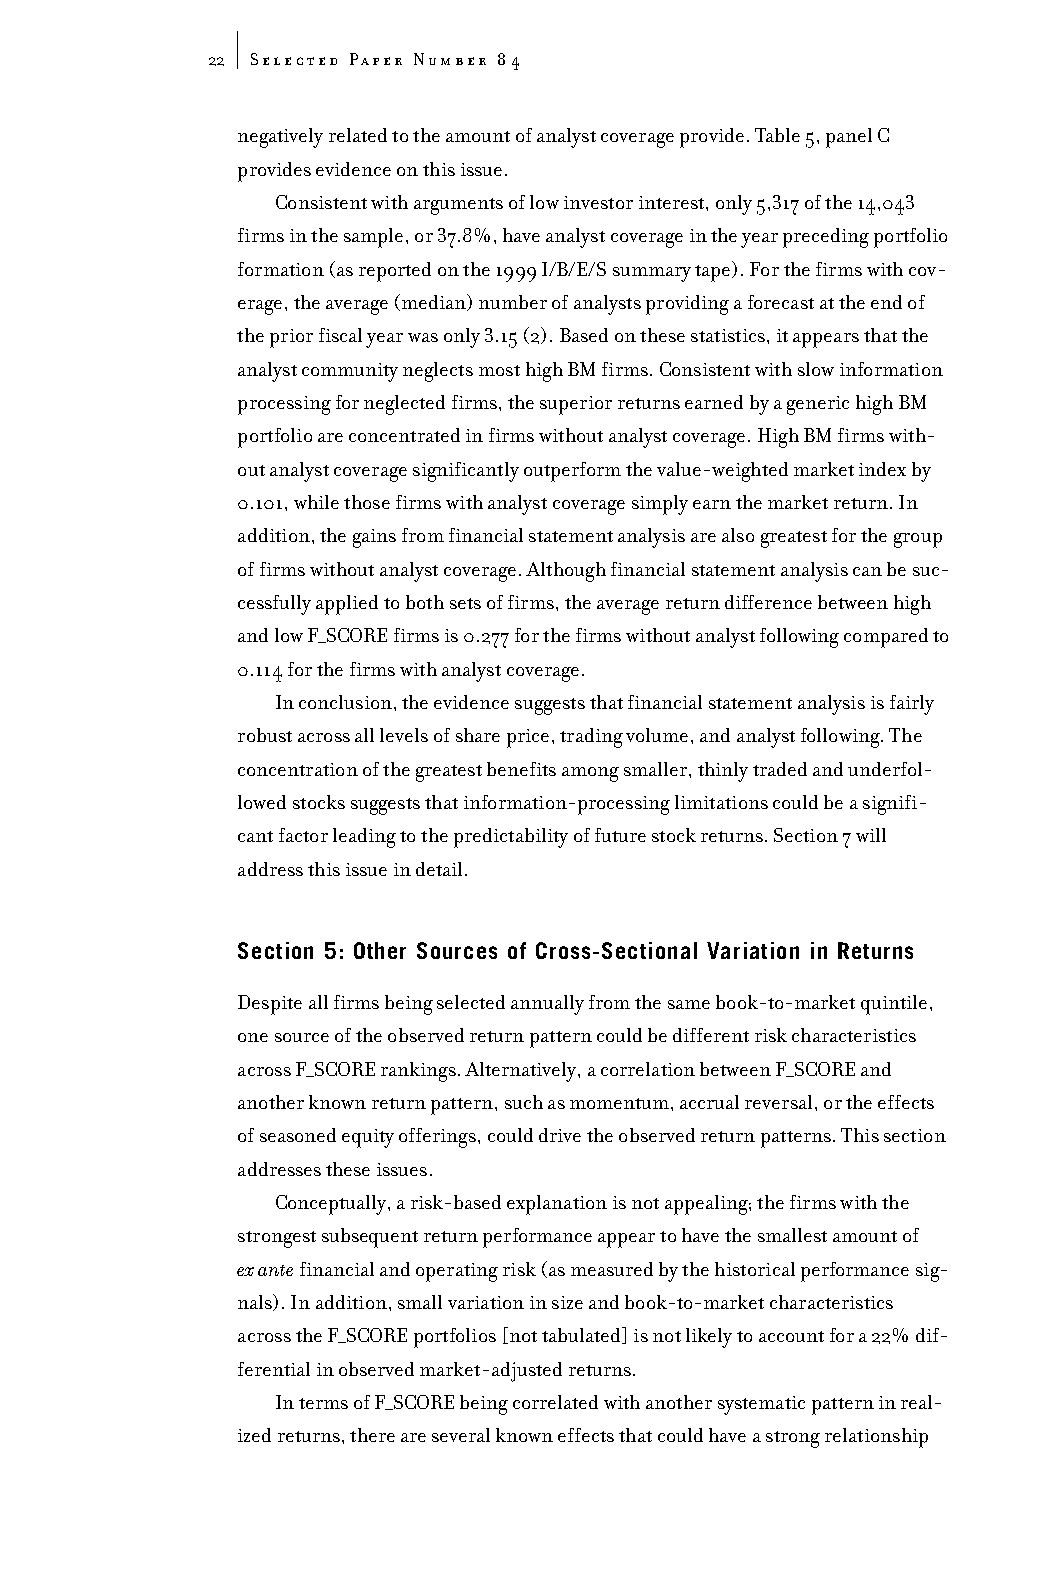
22 Selected Paper Number 84
 negatively related to the amount of analyst coverage provide. Table 5, panel C
 provides evidence on this issue.
 Consistent with arguments of low investor interest, only 5,317 of the 14,043
 firms in the sample, or 37.8%, have analyst coverage in the year preceding portfolio
 formation (as reported on the 1999 I/B/E/S summary tape). For the firms with cov-
 erage, the average (median) number of analysts providing a forecast at the end of
 the prior fiscal year was only 3.15 (2). Based on these statistics, it appears that the
 analyst community neglects most high BM firms. Consistent with slow information
 processing for neglected firms, the superior returns earned by a generic high BM
 portfolio are concentrated in firms without analyst coverage. High BM firms with-
 out analyst coverage significantly outperform the value-weighted market index by
 0.101, while those firms with analyst coverage simply earn the market return. In
 addition, the gains from financial statement analysis are also greatest for the group
 of firms without analyst coverage. Although financial statement analysis can be suc-
 cessfully applied to both sets of firms, the average return difference between high
 and low F_SCORE firms is 0.277 for the firms without analyst following compared to
 0.114 for the firms with analyst coverage.
 In conclusion, the evidence suggests that financial statement analysis is fairly
 robust across all levels of share price, trading volume, and analyst following. The
 concentration of the greatest benefits among smaller, thinly traded and underfol-
 lowed stocks suggests that information-processing limitations could be a signifi-
 cant factor leading to the predictability of future stock returns. Section 7 will
 address this issue in detail.
 Section 5: Other Sources of Cross-Sectional Variation in Returns
 Despite all firms being selected annually from the same book-to-market quintile,
 one source of the observed return pattern could be different risk characteristics
 across F_SCORE rankings. Alternatively, a correlation between F_SCORE and
 another known return pattern, such as momentum, accrual reversal, or the effects
 of seasoned equity offerings, could drive the observed return patterns. This section
 addresses these issues.
 Conceptually, a risk-based explanation is not appealing; the firms with the
 strongest subsequent return performance appear to have the smallest amount of
 ex antefinancial and operating risk (as measured by the historical performance sig-
 nals). In addition, small variation in size and book-to-market characteristics
 across the F_SCORE portfolios [not tabulated] is not likely to account for a 22% dif-
 ferential in observed market-adjusted returns.
 In terms of F_SCORE being correlated with another systematic pattern in real-
 ized returns, there are several known effects that could have a strong relationship